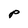
Character: P